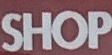
SHOP